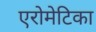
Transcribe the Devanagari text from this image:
एरोमेटिका